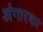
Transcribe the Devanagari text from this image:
अंगारका